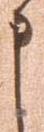
申